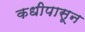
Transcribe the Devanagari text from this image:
कधीपासून